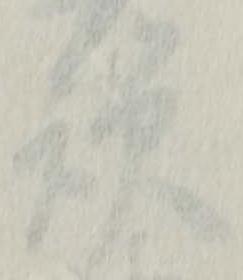
讃